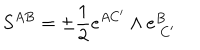
S ^ { A B } = \pm \frac 1 2 e ^ { A C ^ { \prime } } \wedge e _ { \ C ^ { \prime } } ^ { B } \label K